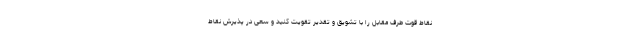
نقاط قوت طرف مقابل را با تشویق و تقدیر تقویت کنید و سعی در پذیرش نقاط